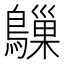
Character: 𬷰